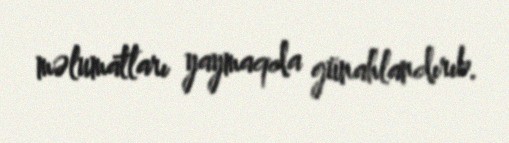
məlumatları yaymaqda günahlandırıb.